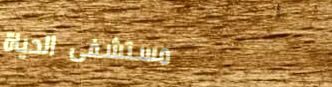
مستشفى الحياة